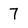
Character: 7